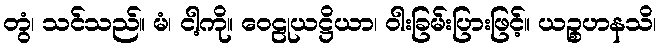
တွံ၊ သင်သည်။ မံ၊ ငါ့ကို။ ဝေဠုယဋ္ဌိယာ၊ ဝါးခြမ်းပြားဖြင့်။ ယဉ္စဟနသိ၊